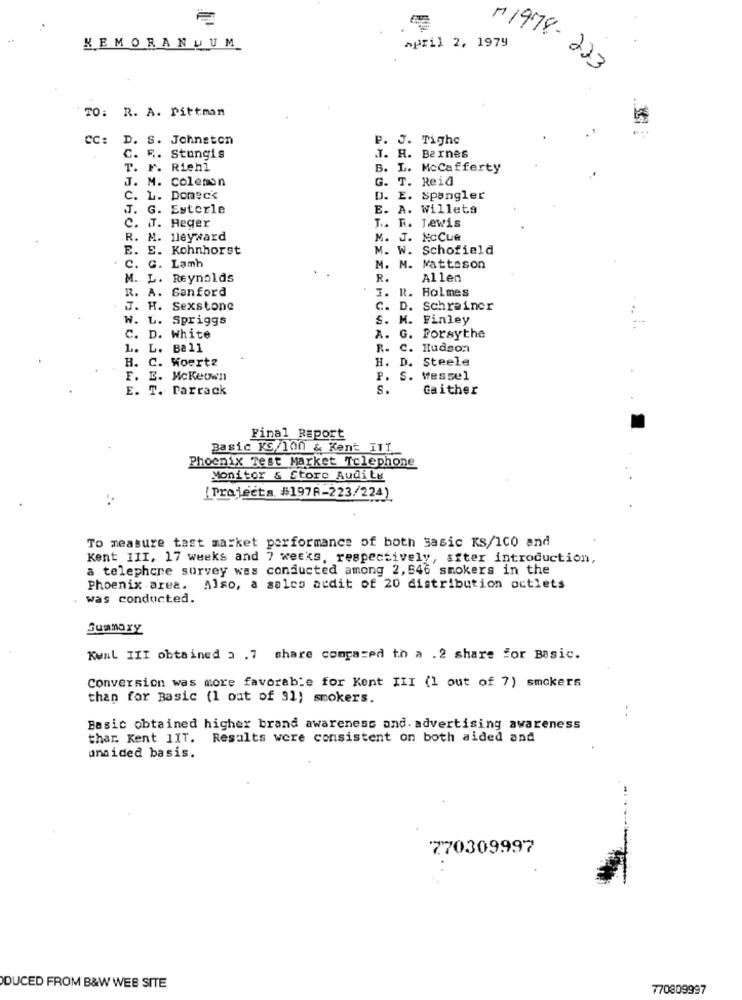
april 2, 1979
KEMORANDUM
(+ 1978- 223
TO: R. A. Pittman
CC:
D.
S. Johnston
P. J. Tighe
C. R. Stungis
.T. H. Barnes
T. F. Riehl
B. L. McCafferty
J. M. Coleman
G. T. Reid
C. L. Ponec's
D. E. Spangler
J. G. Estorle
E. A. Willeta
C. J. Heger
T .. R. Jewis
R. M. Heyward
M. J. NCCue
E. E. Kohnhorst
M. W. Schofield
. C. G. Lamh
M. M. Matteson
M. L. Reynolds
R.
Allen
I. R. Holmes
R. A. Sanford
J. H. Sexstone
C. D. Schreiner
W. L. Spriggs
S. M. Finley
..
C. D. White
A. G. Forsythe
L. L. Bal1
R. C. Hudson
R. C. Woertz
H. D. Steele
F. E. Mckeown
P. S. Messel
E. T. Parrack
S.
Gaither
Final Report
Basic KS/100 & Kent ITI
Phoenix Test Market Telephone
Monitor & Store Audi te
[Projects. #1978-223/224)
To measure tast market performance of both sasic KS/100 and
Kent III, 17 weeks and 7 weeks, respectively, after introduction,
a telephone survey was conducted among 2, 546 smokers in the
Phoenix area. Also, a salco audit of 20 distribution octlets
was conducted.
Summary
Kwal III obtained 3 .7 share congazed th a .2 share for Basic.
Conversion was more favorable for Kent III (1 out of 7) smokers
than for Basic (1 out of 31) smokers.
. .
Basic obtained higher brand awareness and. advertising awareness
thar. Kent 1IT. Results were consistent on both aided and
unaided basis.
770309997
DUCED FROM B&W WEB SITE
770809997